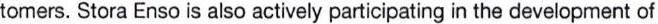
tomers. Stora Enso is also actively participating in the development of